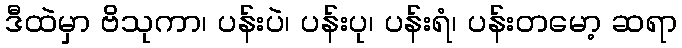
ဒီထဲမှာ ဗိသုကာ၊ ပန်းပဲ၊ ပန်းပု၊ ပန်းရံ၊ ပန်းတမော့ ဆရာ